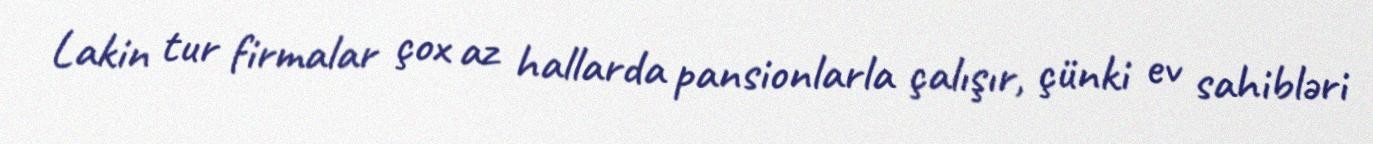
Lakin tur firmalar çox az hallarda pansionlarla çalışır, çünki ev sahibləri